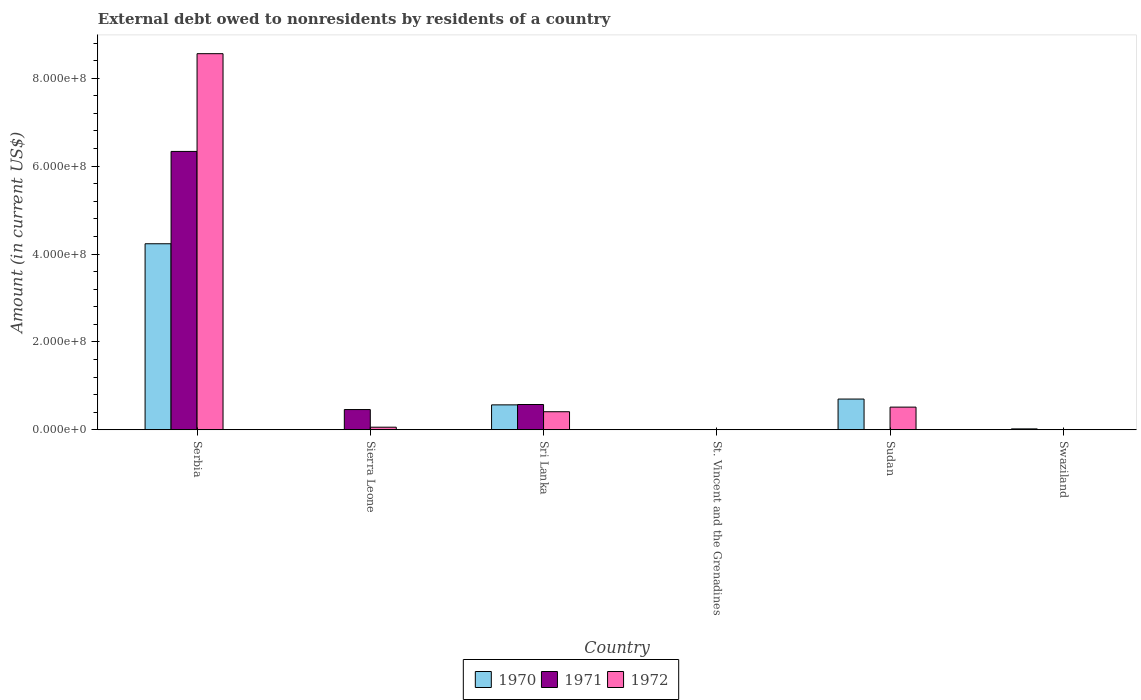
| Country | 1970 | 1971 | 1972 |
 | --- | --- | --- | --- |
 | Serbia | 4.23e+08 | 6.33e+08 | 8.56e+08 |
 | Sierra Leone | -8.36e+06 | 4.61e+07 | 5.94e+06 |
 | Sri Lanka | 5.67e+07 | 5.76e+07 | 4.12e+07 |
 | St. Vincent and the Grenadines | 3.6e+05 | 3e+03 | 1.5e+04 |
 | Sudan | 7e+07 | -7.75e+06 | 5.16e+07 |
 | Swaziland | 2.10e+06 | -2.47e+06 | -1.2e+06 |